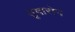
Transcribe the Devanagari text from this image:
तृषारोग